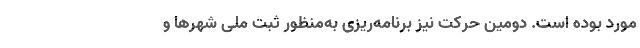
مورد بوده است. دومین حرکت نیز برنامه‌ریزی به‌منظور ثبت ملی شهرها و